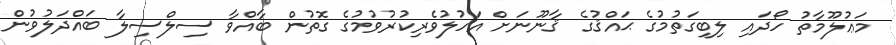
މަޢުލޫމާތު ހޯދައި ލިބިގަތުމުގެ ޙައްޤުގެ ޤާނޫނަށް އަހުލުވެރިކުރުވުމުގެ ގޮތުން ބާއްވާ ސިލްސިލާ ބައްދަލުވުން